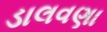
ડાલવણા